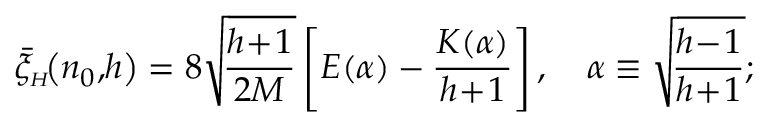
\bar { \xi } _ { { \scriptscriptstyle H } } \! \big ( n _ { 0 } , \! h \big ) = 8 \sqrt { \! \frac { h \! + \! 1 } { 2 M } } \left[ { \cal E } ( \alpha ) - \frac { { \cal K } ( \alpha ) } { h \! + \! 1 } \right] , \quad \alpha \equiv \sqrt { \! \frac { h \! - \! 1 } { h \! + \! 1 } } ;